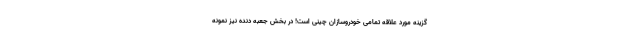
گزینه مورد علاقه تمامی خودروسازان چینی است! در بخش جعبه دنده نیز نمونه